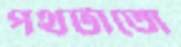
পথটাতো